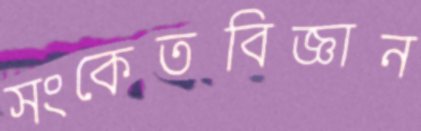
সংকেতবিজ্ঞান